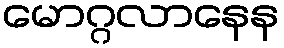
မောဂ္ဂလာနေန